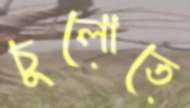
চুলোতে